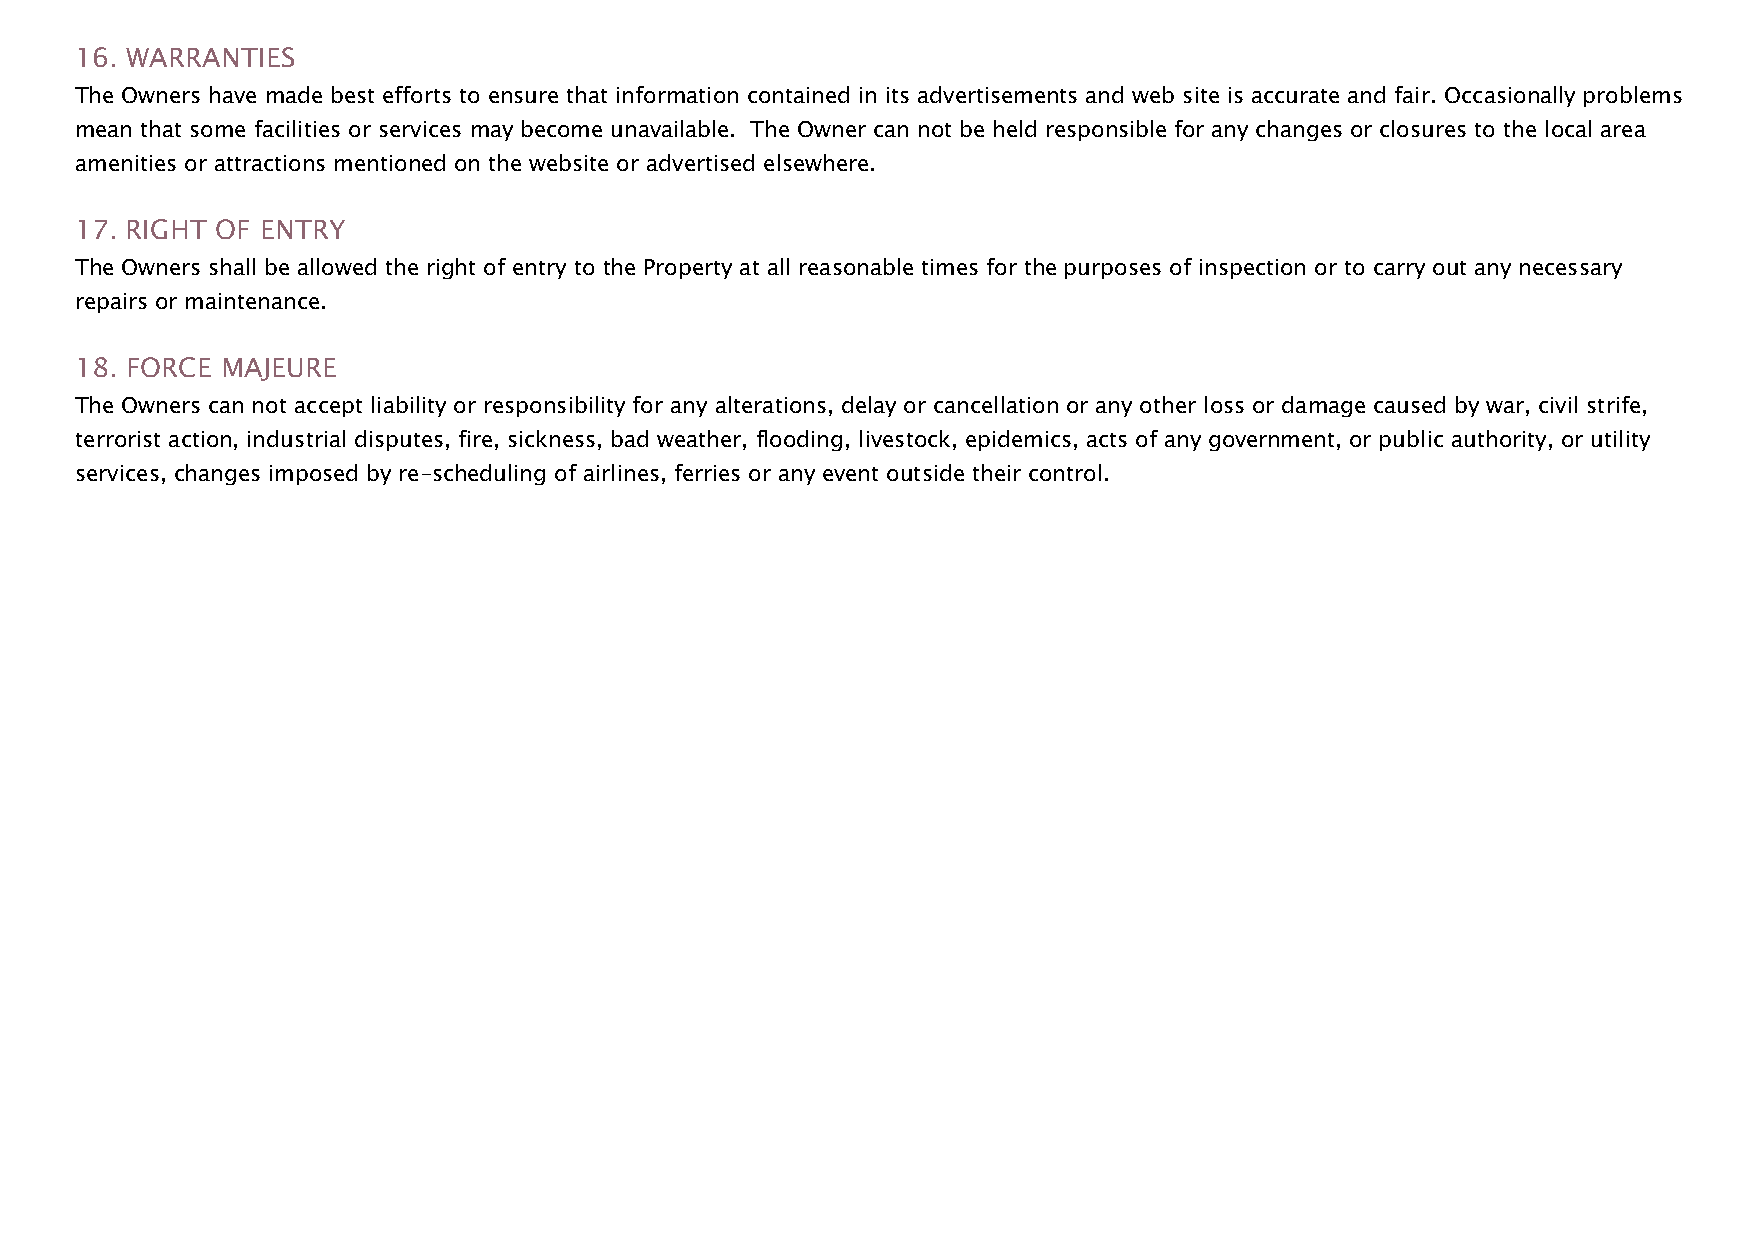
16. WARRANTIES
 The Owners have made best efforts to ensure that information contained in its advertisements and web site is accurate and fair. Occasionally problems
 mean that some facilities or services may become unavailable. The Owner can not be held responsible for any changes or closures to the local area
 amenities or attractions mentioned on the website or advertised elsewhere.
 17. RIGHT OF ENTRY
 The Owners shall be allowed the right of entry to the Property at all reasonable times for the purposes of inspection or to carry out any necessary
 repairs or maintenance.
 18. FORCE MAJEURE
 The Owners can not accept liability or responsibility for any alterations, delay or cancellation or any other loss or damage caused by war, civil strife,
 terrorist action, industrial disputes, fire, sickness, bad weather, flooding, livestock, epidemics, acts of any government, or public authority, or utility
 services, changes imposed by re-scheduling of airlines, ferries or any event outside their control.